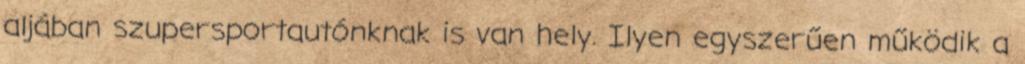
aljában szupersportautónknak is van hely. Ilyen egyszerűen működik a